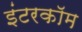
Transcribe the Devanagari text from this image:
इंटरकाॅम